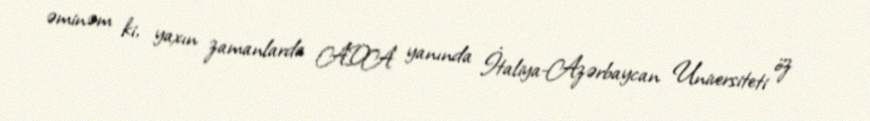
əminəm ki, yaxın zamanlarda ADA yanında İtaliya-Azərbaycan Universiteti öz